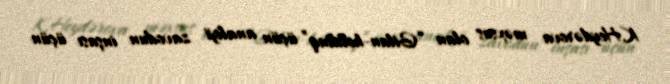
K.Heydərova məxsus olan “Gilan-holdinq” üçün analoji zavodun inşası üçün